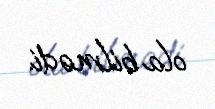
ola bilmədi.